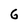
Character: 6